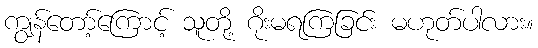
ကျွန်တော့်ကြောင့် သူတို့ ဂိုးမရကြခြင်း မဟုတ်ပါလား။